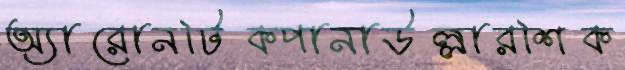
অ্যারোনটিকপানাউল্লারশিক